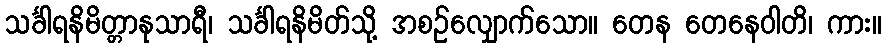
သင်္ခါရနိမိတ္တာနုသာရီ၊ သင်္ခါရနိမိတ်သို့ အစဉ်လျှောက်သော။ တေန တေနေဝါတိ၊ ကား။